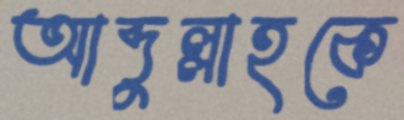
আব্দুল্লাহকে